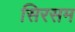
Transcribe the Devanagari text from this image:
सिरसम